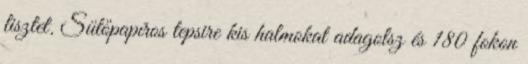
lisztet. Sütőpapíros tepsire kis halmokat adagolsz és 180 fokon